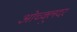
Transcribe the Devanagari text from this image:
ओच्क्लुदर